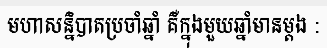
មហាសន្និបាតប្រចាំឆ្នាំ គឺក្នុងមួយឆ្នាំមានម្តង :